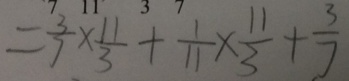
= \frac { 3 } { 7 } \times \frac { 1 1 } { 3 } + \frac { 1 } { 1 1 } \times \frac { 1 1 } { 3 } + \frac { 3 } { 7 }